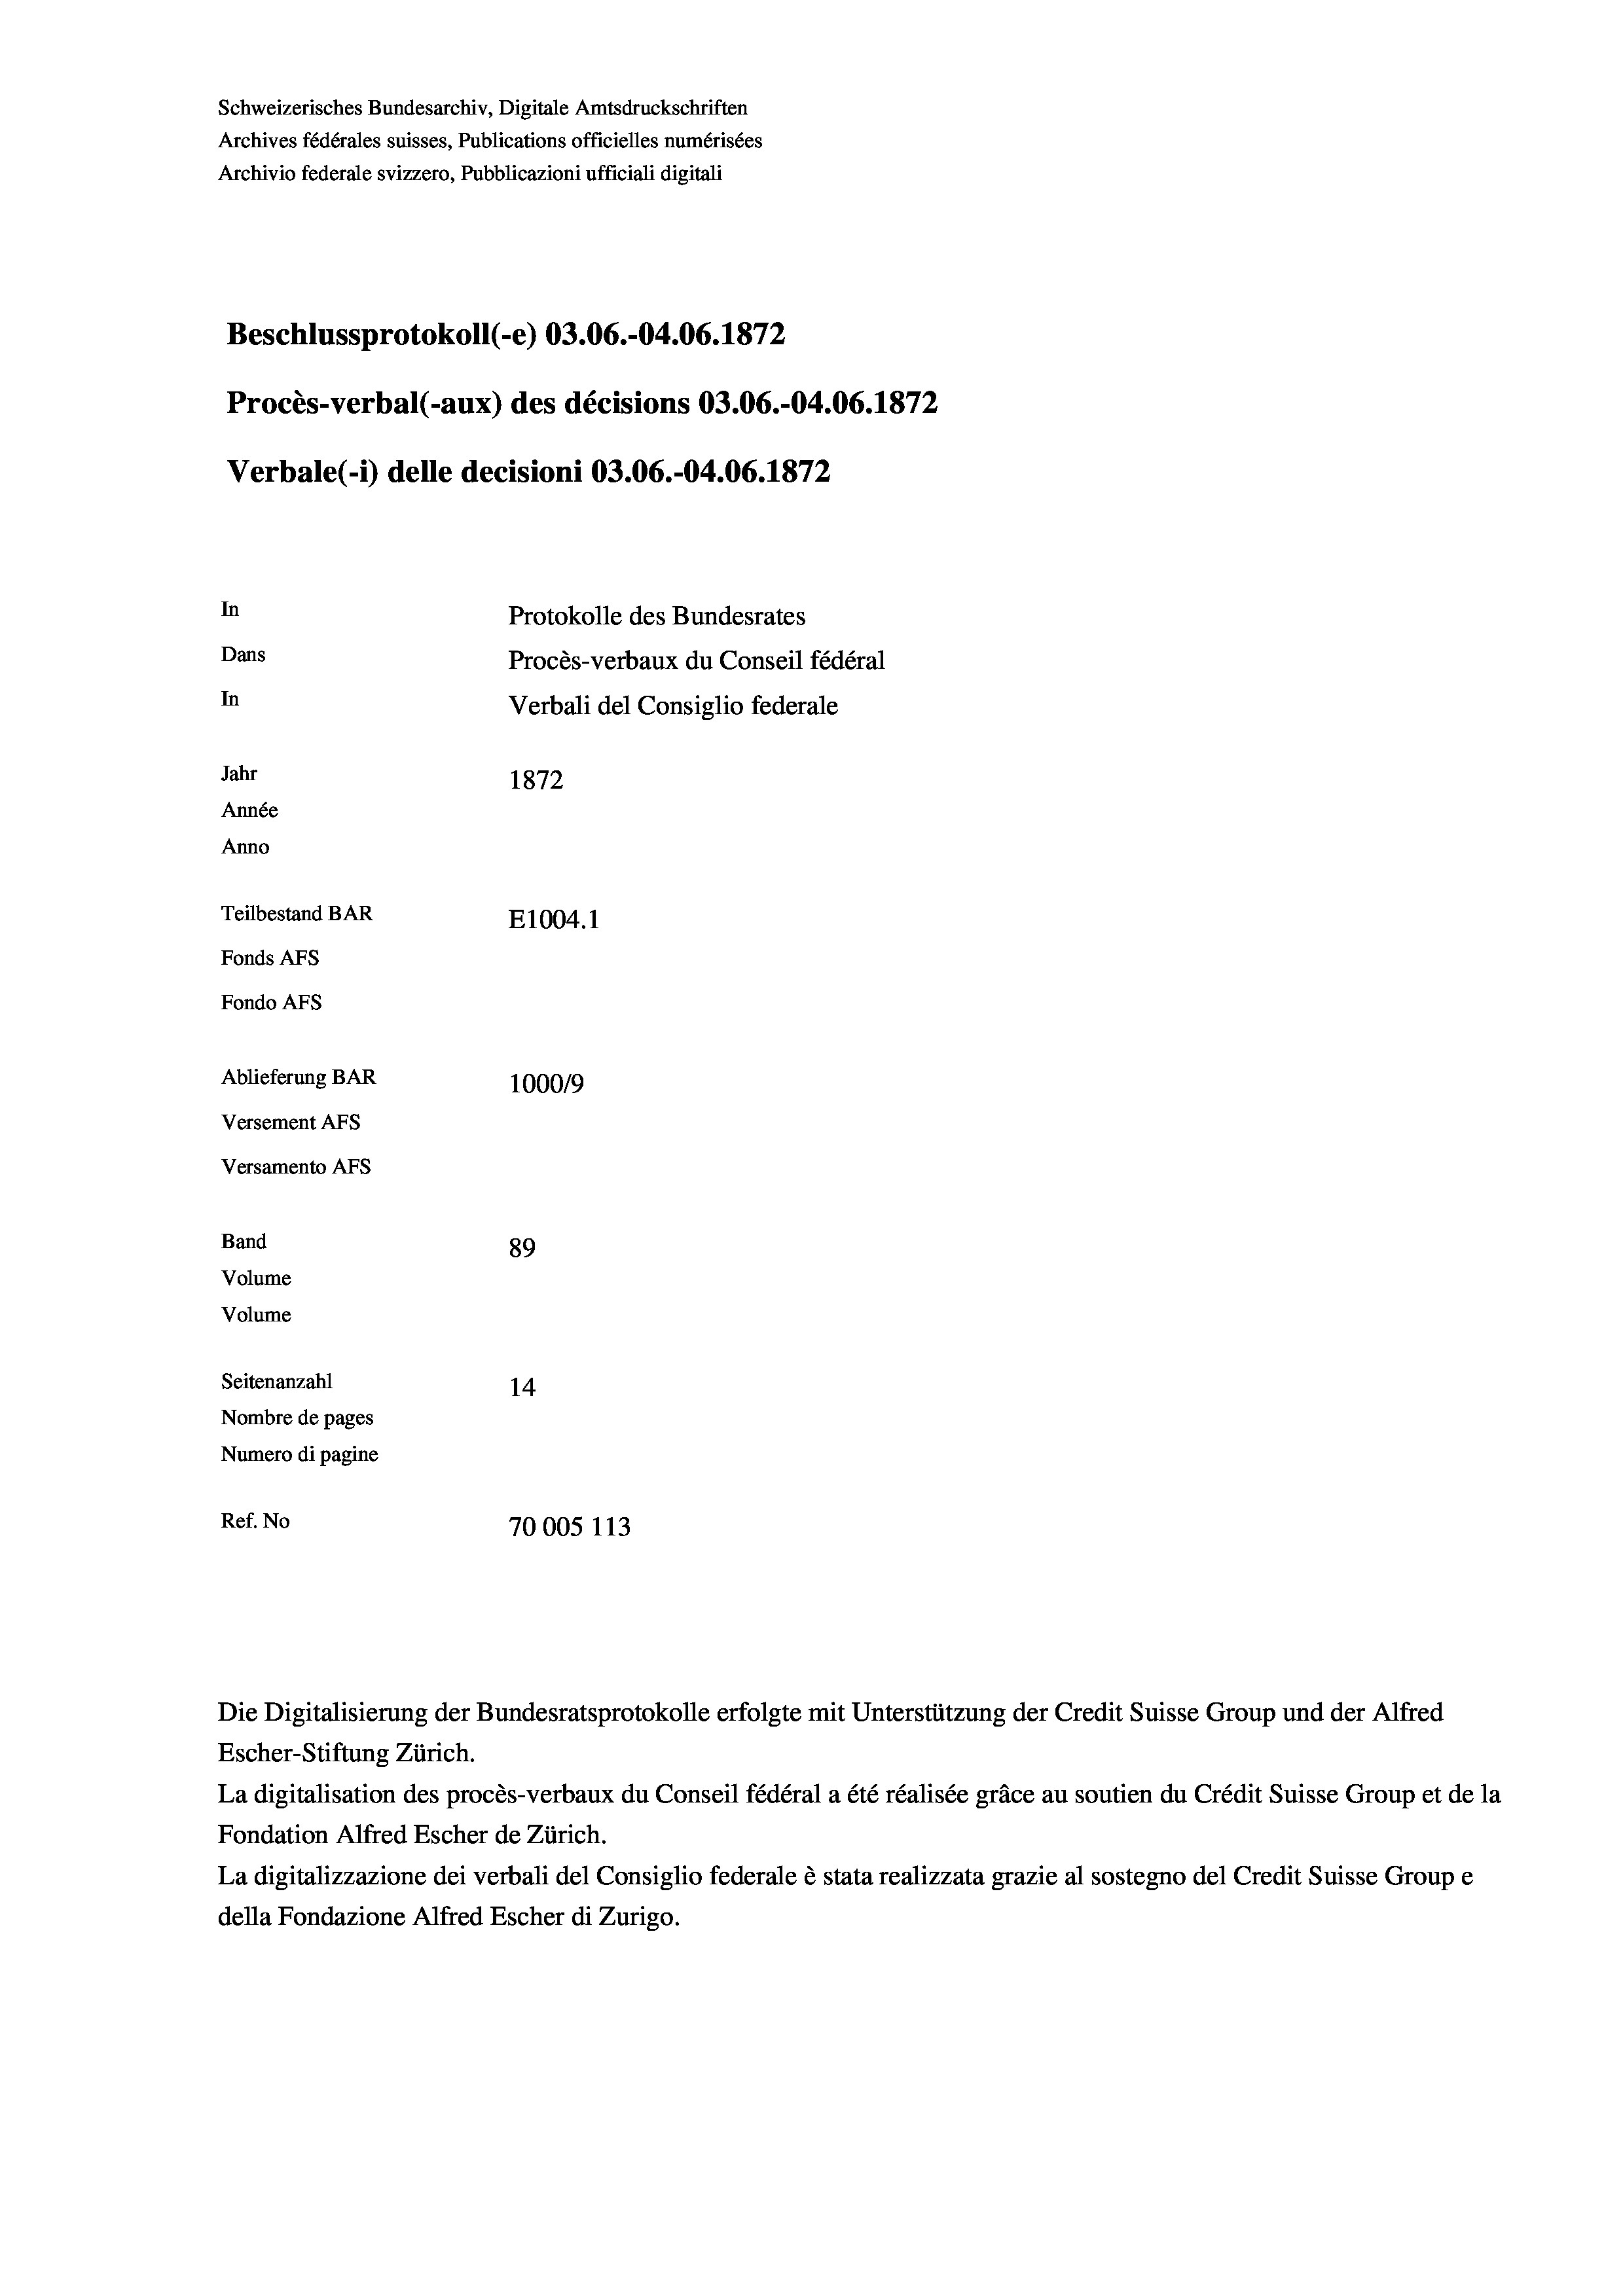
Schweizerisches Bundesarchiv, Digitale Amtsdruckschriften
Archives fédérales suisses, Publications officielles numérisées
Archivio federale svizzero, Pubblicazioni ufficiali digitali
Beschlussprotokoll (-e) 03.06.-04.06. 1872
Procès-verbal (-aux) des décisions 03.06.-04.06. 1872
Verbale (- 1) delle decisioni O3.06.-04.06. 1872
In
Protokolle des Bundesrates
Dans
Procès-verbaux du Conseil fédéral
In
Verbali del Consiglio federale
Jahr
1872
Année
Anno
Teilbestand BAR
E1004. 1
Fonds AFs
Fondo Afs
Ablieferung BAR
100019
Versement AFs
Versamento AFs
Band
89
Volume
Volume

Seitenanzahl
14
Nombre de pages
Numero di pagine
Ref. No
70005 113

Die Digitalisierung der Bundesratsprotokolle erfolgte mit Unterstützung der Credit Suisse Group und der Alfred

Escher-Stiftung Zürich.
La digitalisation des procès-verbaux du Conseil fédéral a été réalisée gräce au soutien du Crédit Suisse Group et de la
Fondation Alfred Escher de Zürich.
La digitalizzazione dei verbali del Consiglio federale è stata realizzata grazie al sostegno del Credit Suisse Groupe
della Fondazione Alfred Escher di Zurigo.